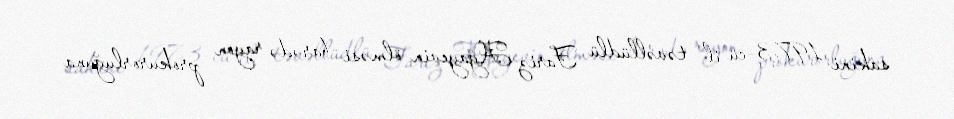
sakini 1973-cü il təvəllüdlü Fariz Ağayevin ölməsi barədə rayon prokurorluğuna